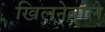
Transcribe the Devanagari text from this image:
खिलनेवाले